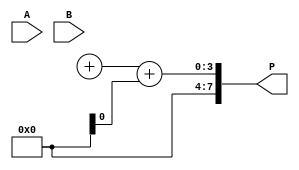
module wallace_tree_multiplier #(parameter N = 4) (
    input [N-1:0] A,
    input [N-1:0] B,
    output [2*N-1:0] P
);
    wire [N-1:0] pp [0:N-1]; // Partial products
    wire [N-1:0] sum [0:N-2]; // Sums of the layers
    wire [N-1:0] carry [0:N-2]; // Carries of the layers

    // Partial product generation
    genvar i, j;
    generate
        for (i = 0; i < N; i = i + 1) begin : partial_product_gen
            assign pp[i] = A & {N{B[i]}};
        end
    endgenerate

    // Wallace tree reduction
    genvar layer;
    for (layer = 0; layer < N-1; layer = layer + 1) begin : reduction_layer
        for (i = 0; i < (N - layer - 1); i = i + 1) begin : adders
            if (layer == 0) begin // First layer uses only the partial products
                if (i % 2 == 0) begin // Half adder
                    assign {carry[layer][i/2], sum[layer][i/2]} = pp[i] + pp[i+1];
                end
                else begin // Full adder
                    assign {carry[layer][i/2+1], sum[layer][i/2+1]} = pp[i] + pp[i+1] + pp[i+2];
                end
            end else begin // Subsequent layers
                if (i % 3 == 0) begin // Half adder
                    assign {carry[layer][i/3], sum[layer][i/3]} = sum[layer-1][i] + sum[layer-1][i+1];
                end
                else begin // Full adder
                    assign {carry[layer][i/3+1], sum[layer][i/3+1]} = sum[layer-1][i] + sum[layer-1][i+1] + carry[layer-1][i/3];
                end
            end
        end
    end

    // Final addition of last two rows
    wire [2*N-1:0] final_sum;
    assign final_sum = {sum[N-2][N/2], carry[N-2][N/2]} + sum[N-2][N/2+1] + carry[N-2][N/2+1];

    // Assign the final product
    assign P = final_sum;

endmodule